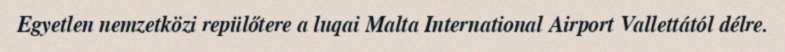
Egyetlen nemzetközi repülőtere a luqai Malta International Airport Vallettától délre.